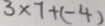
3 \times 7 + ( - 4 )